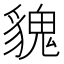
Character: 𩳏